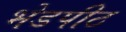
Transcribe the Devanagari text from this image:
भेडपीठ